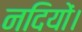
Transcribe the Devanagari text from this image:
नदियों।